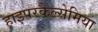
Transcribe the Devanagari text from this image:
हाइपरकैल्सेमिया